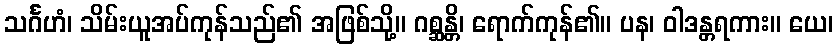
သင်္ဂဟံ၊ သိမ်းယူအပ်ကုန်သည်၏ အဖြစ်သို့။ ဂစ္ဆန္တိ၊ ရောက်ကုန်၏။ ပန၊ ဝါဒန္တရကား။ ယေ၊